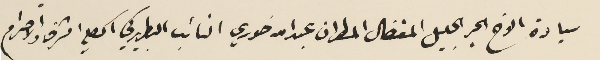
سيادة الاخ الحبر الجليل المفضال المطران عبدالله خوري النائب البطريركي الكلي الشرف والاحترام